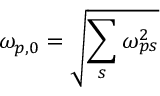
\omega _ { p , 0 } = \sqrt { \sum _ { s } \omega _ { p s } ^ { 2 } } \,